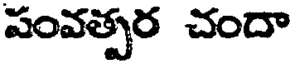
పంవత్సర చందా